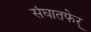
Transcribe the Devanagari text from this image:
संघातफेर्